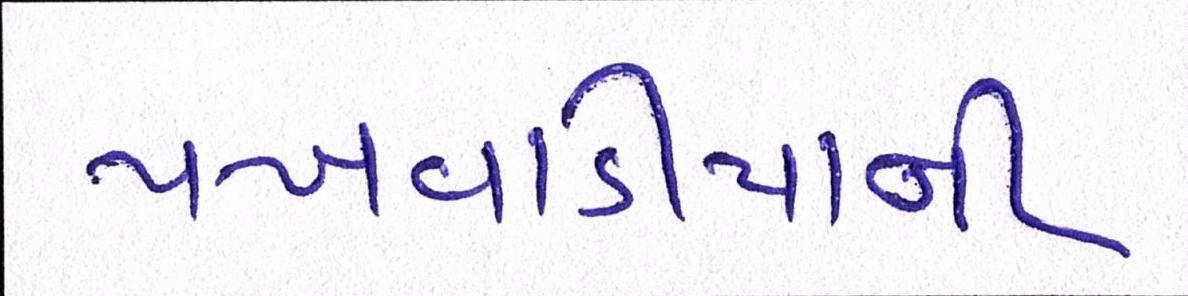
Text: પખવાડીયાની